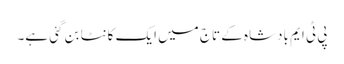
پی ٹی ایم بادشاہ کے تاج میں ایک کانٹا بن گئی ہے۔